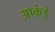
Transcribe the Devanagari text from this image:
आकंड़े